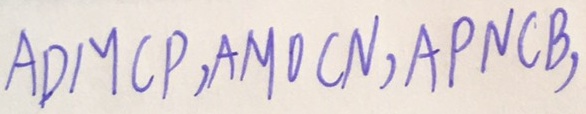
A D M C P , A M O C N , A P N C B ,